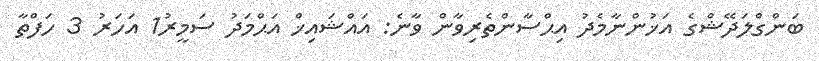
ބަންގްލަދޭޝްގެ އަޚުންނާމެދު އިޙްސާންތެރިވާން ވާނެ: އައްޝައިޚް އަޙްމަދު ސަމީރު1 އަހަރު 3 ހަފްތާ